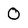
Character: 0